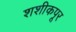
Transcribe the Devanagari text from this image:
शशीकपूर